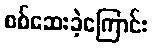
စစ်ဆေးခဲ့ကြောင်း